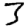
Digit: 3